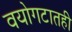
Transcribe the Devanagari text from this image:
वयोगटातही